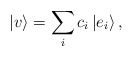
\begin{align*}|v\rangle=\sum_{i}c_{i}\left| e_{i}\right\rangle ,\end{align*}